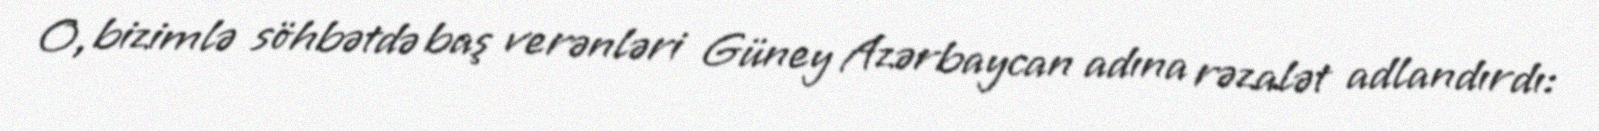
O, bizimlə söhbətdə baş verənləri Güney Azərbaycan adına rəzalət adlandırdı: